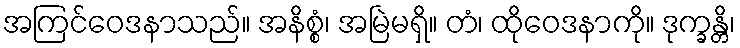
အကြင်ဝေဒနာသည်။ အနိစ္စံ၊ အမြဲမရှိ။ တံ၊ ထိုဝေဒနာကို။ ဒုက္ခန္တိ၊